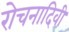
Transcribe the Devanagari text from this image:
रोचनादिवी